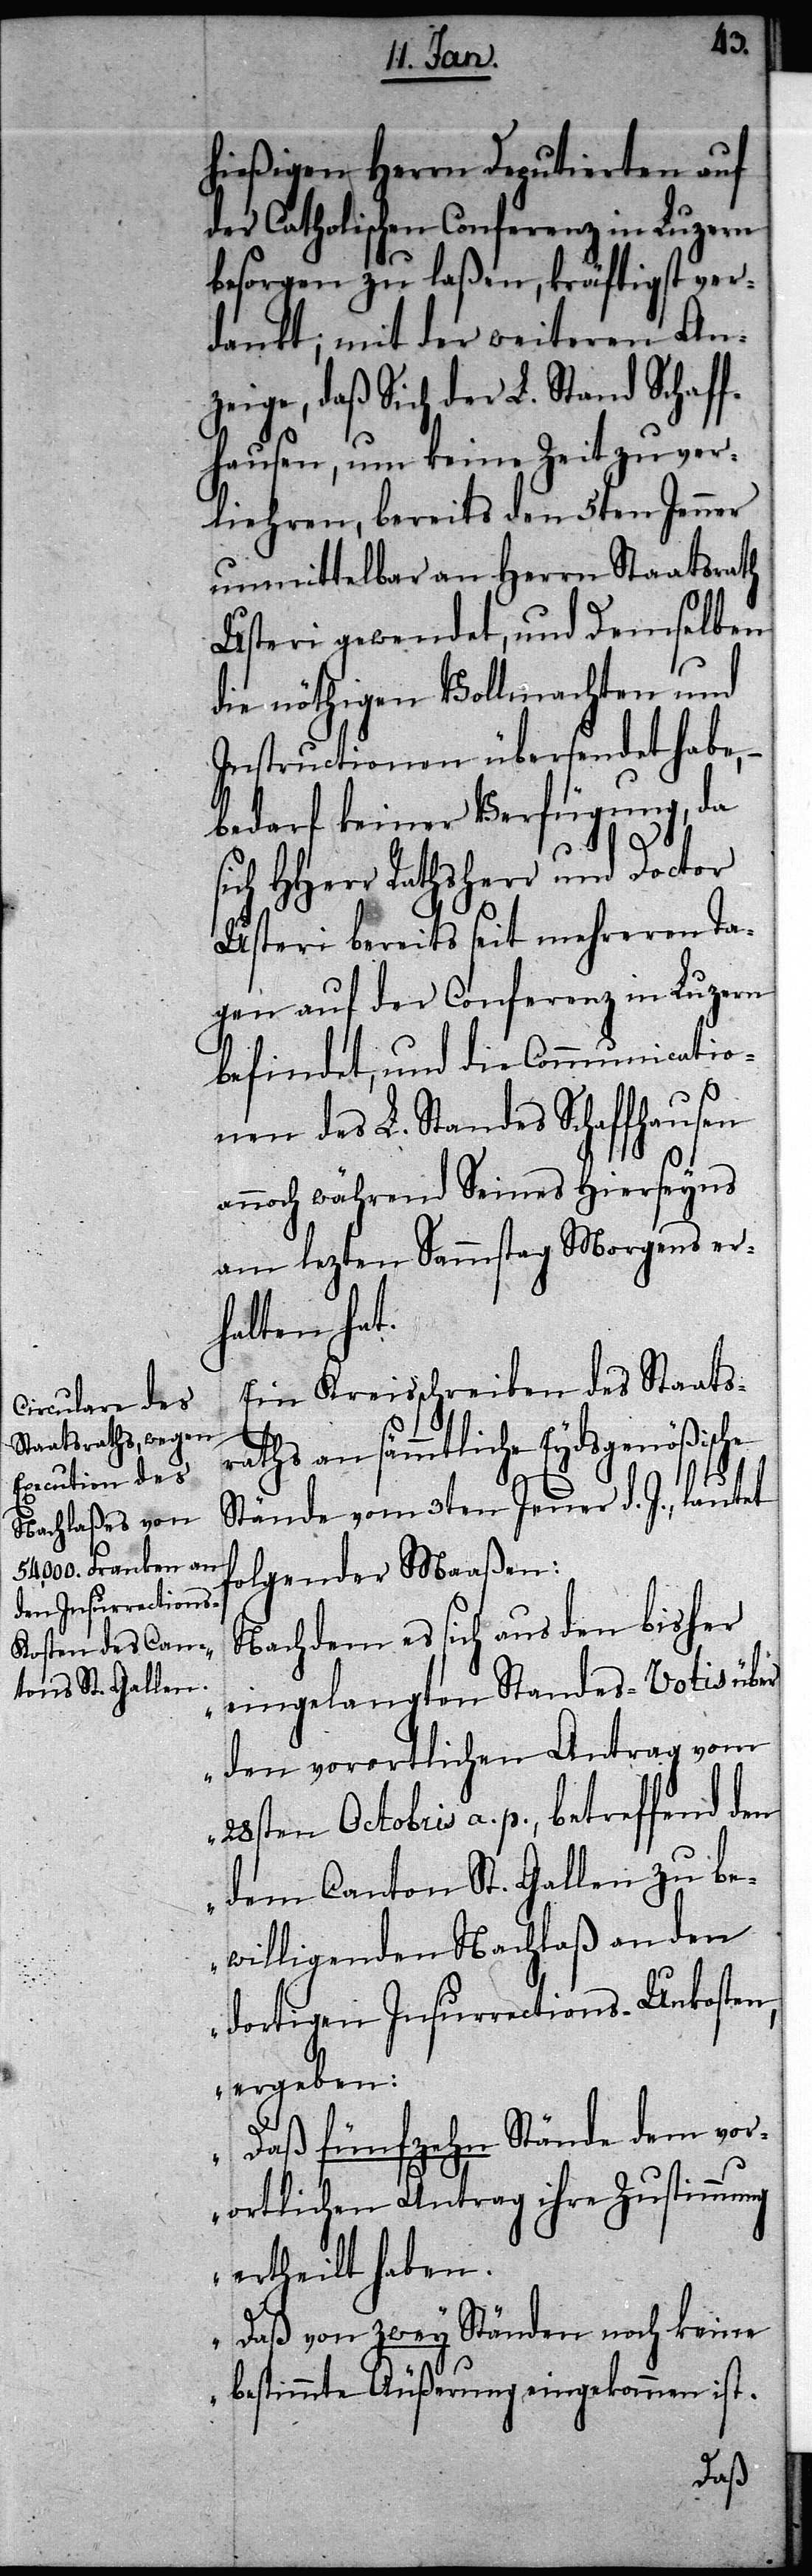
hießigen Herrn Deputierten auf
der Catholischen Conferenz in Luzern
besorgen zu laßen, kräftigst ver¬
dankt; mit der weiteren An¬
zeige, daß Sich der L. Stand Schaff¬
hausen, um keine Zeit zu ver¬
liehren, bereits den 5ten Jenner
unmittelbar an Herrn Staatsrath
Usteri gewendet, und Demselben
die nöthigen Vollmachten und
Instructionen übersendet habe,
bedarf keiner Verfügung, da
sich HHerr Rathsherr und Doctor
Usteri bereits seit mehreren Ta¬
gen auf der Conferenz in Luzern
befindet, und die Communicatio¬
nen des L. Standes Schaffhausen
annoch während Seines Hierseyns
am lezten Sammstag Morgens er¬
halten hat.
Ein Kreisschreiben des Staats¬
raths an sämmtliche Eydsgenößische
Stände vom 3ten Jenner d. J., lautet
folgender Maaßen:
„Nachdem es sich aus den bisher
eingelangten Standes-Votis über
den vorortlichen Antrag vom
28sten Octobris a. p., betreffend den
dem Canton St. Gallen zu be¬
willigenden Nachlaß an den
dortigen Insurrections-Unkosten,
ergeben:
Daß fünfzehn Stände dem vor¬
ortlichen Antrag ihre Zustimmung
ertheilt haben.
Daß von zwey Ständen noch keine
bestimmte Äußerung eingekommen ist.